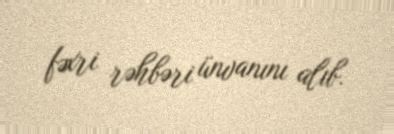
fəxri rəhbəri ünvanını alıb.